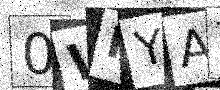
Text: 0WNYAT